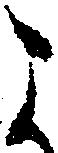
よ